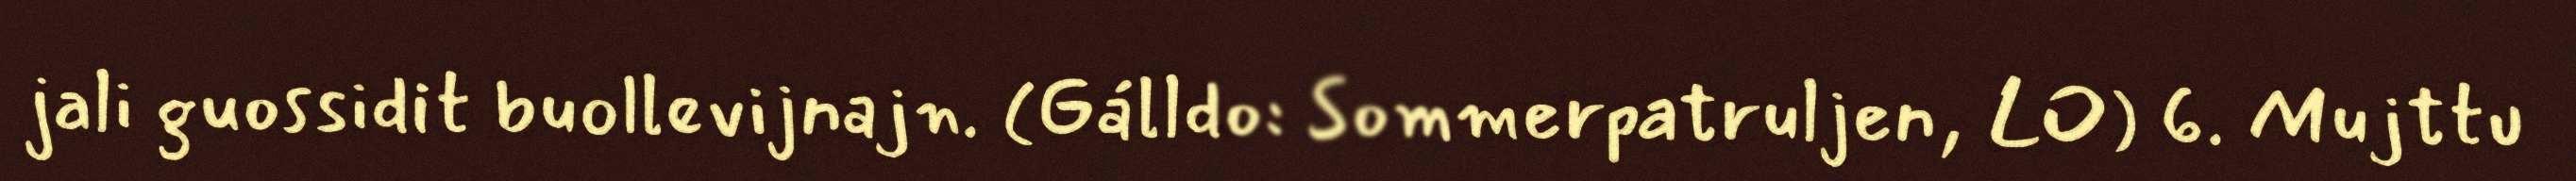
jali guossidit buollevijnajn. (Gálldo: Sommerpatruljen, LO) 6. Mujttu